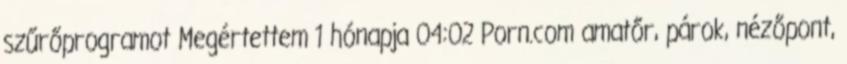
szűrőprogramot Megértettem 1 hónapja 04:02 Porn.com amatőr, párok, nézőpont,